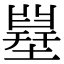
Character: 𡐪